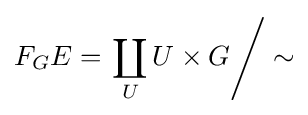
F_{G}E=\left.\coprod _{U}U\times G\right/\sim